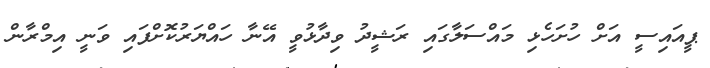
ޕީއައިސީ އަށް ހުށަހެޅި މައްސަލާގައި ރަޝީދު ވިދާޅުވީ އޭނާ ހައްޔަރުކޮށްފައި ވަނީ އިމްރާން